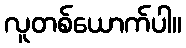
လူတစ်ယောက်ပါ။